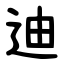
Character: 迪